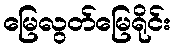
မြေလွတ်မြေရိုင်း